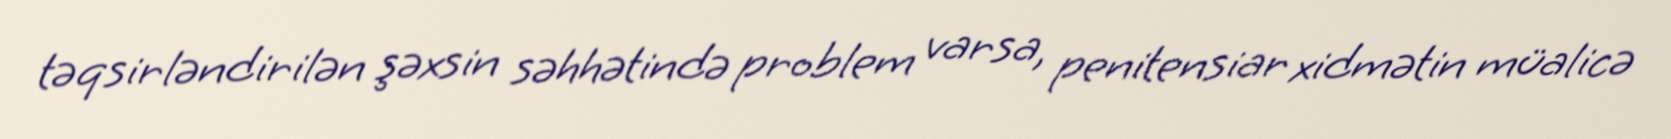
təqsirləndirilən şəxsin səhhətində problem varsa, penitensiar xidmətin müalicə